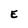
Character: E